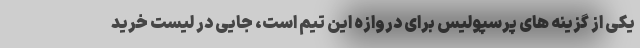
یکی از گزینه های پرسپولیس برای دروازه این تیم است، جایی در لیست خرید